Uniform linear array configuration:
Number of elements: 32
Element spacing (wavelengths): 0.75
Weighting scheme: hann
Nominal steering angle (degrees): -45
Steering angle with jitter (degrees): -44.385
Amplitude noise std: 0.05
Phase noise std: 0.05

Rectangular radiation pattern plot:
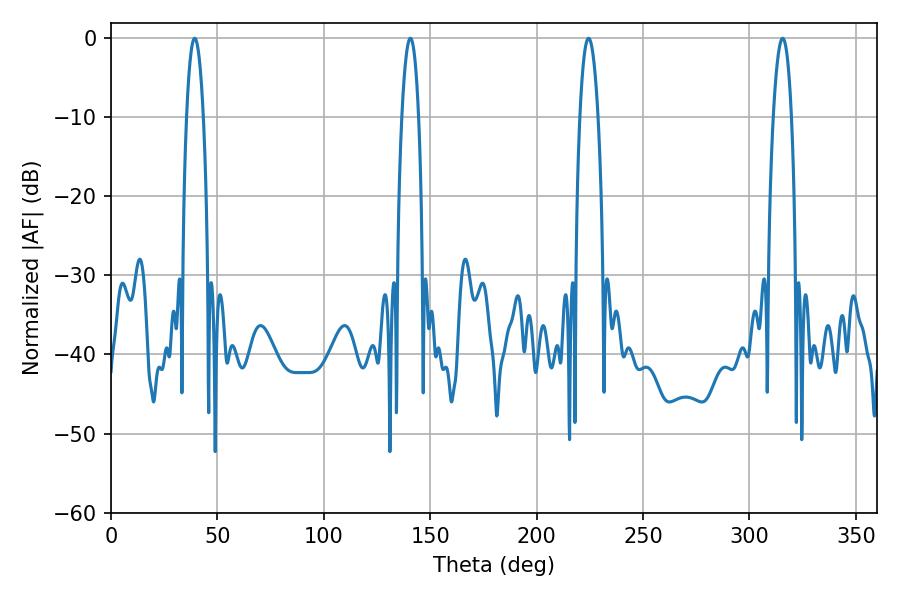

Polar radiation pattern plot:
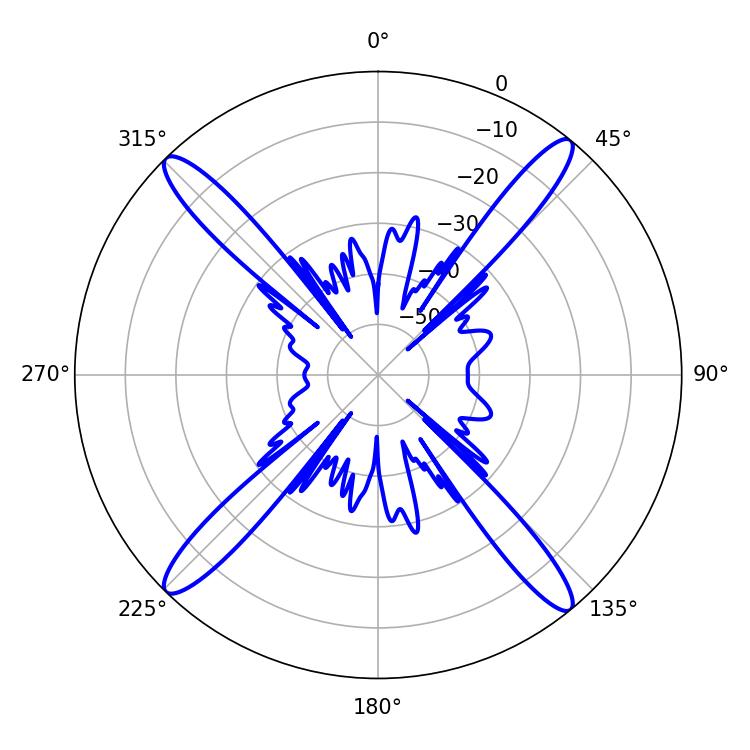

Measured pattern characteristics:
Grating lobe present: TRUE
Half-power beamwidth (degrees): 4.68
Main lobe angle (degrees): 224.46